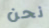
نحن